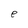
Character: e